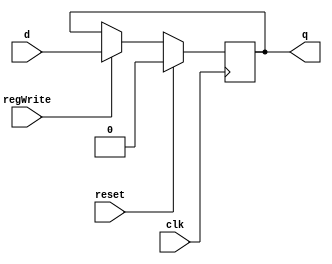
/*##########################################################################################
Note: Please dont upload the assignments, template file/solution and lab. manual on GitHub or others public repository. 
Kindly remove them, if you have uploaded the previous assignments. 
It violates the BITSs Intellectual Property Rights (IPR).
*******************************************************************************************/


//The Dff_Reg will be used for making the pipeline registers

module Dff_Reg(input clk, input reset, input regWrite, input d, output reg q);
    
    //WRITE YOUR CODE HERE, NO NEED TO DEFINE NEW VARIABLES
    always@(posedge clk) 
    begin
        if(reset)
        begin
            q <= 0;
        end
        else if(regWrite)
        begin
            q <= d;
        end
    end
    
endmodule